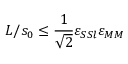
L / s _ { 0 } \leq \frac { 1 } { \sqrt 2 } \varepsilon _ { S S l } \varepsilon _ { M M }